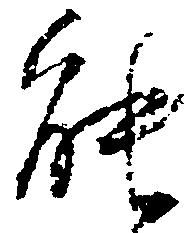
能